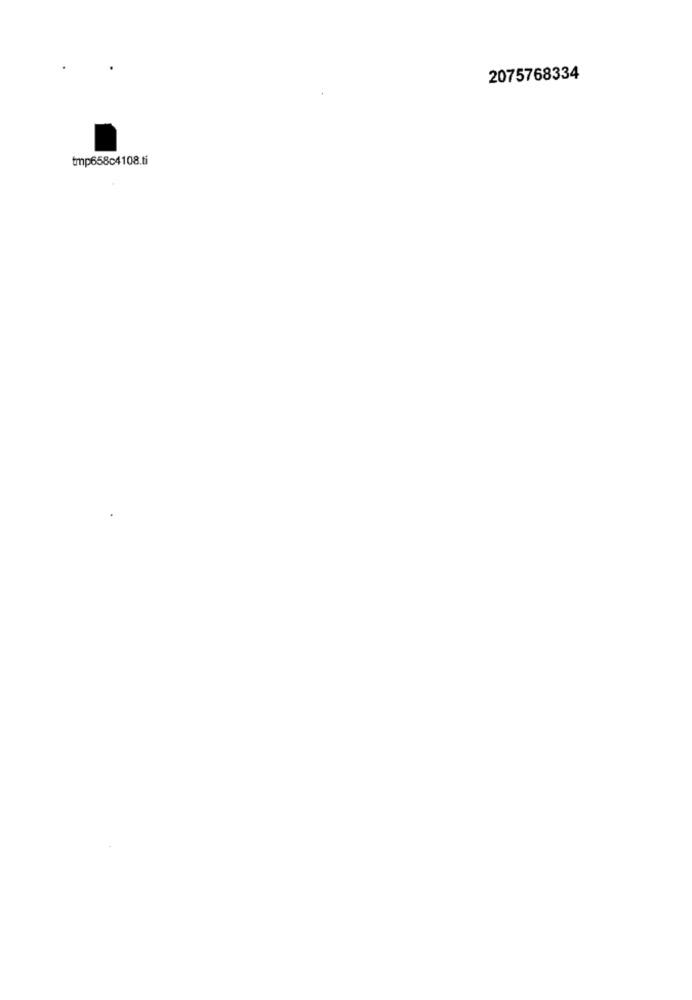
2075768334
tmp658c4108.ti